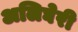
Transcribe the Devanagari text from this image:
अलिघेरी